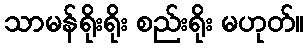
သာမန်ရိုးရိုး စည်းရိုး မဟုတ်။